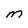
Character: M